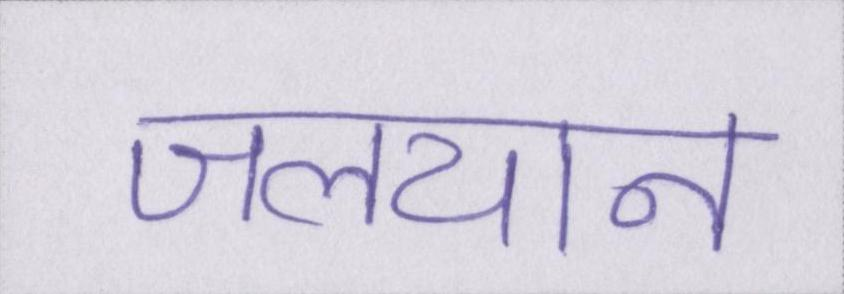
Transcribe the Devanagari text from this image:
जलयान